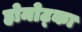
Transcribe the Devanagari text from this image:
ह्रोमोट्का